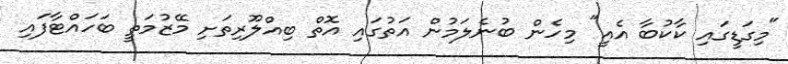
"މިގަޑީގައި ކާކުބާ އެއީ" މިހެން ބުނެލަމުން އަތުގައި އޮތް ބިއްލޫރިތަށި މޭޒުމަތީ ބަހައްޓާފައި